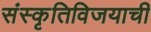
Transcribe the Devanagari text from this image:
संस्कृतिविजयाची